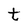
Character: t